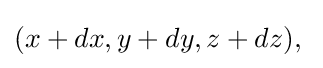
(x+dx,y+dy,z+dz),\;